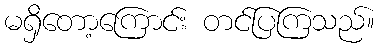
မရှိတော့ကြောင်း တင်ပြကြသည်။